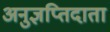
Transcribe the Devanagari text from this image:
अनुज्ञप्तिदाता